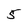
Character: 5